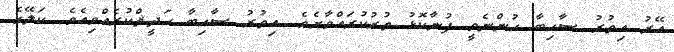
އޭރު އިތުރު ސާހިބާ ހުންނެވީ ފުނާކޮޅު ތުރުކުރައްވާށެވެ. އިތުރު ސާހިބާ ޙަދީޘްކުރެއްވިއެވެ. ކަލޭގެ